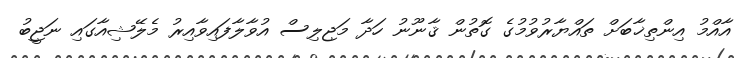
އާއްމު އިންތިޚާބަށް ތައްޔާރުވުމުގެ ގޮތުން ޤާނޫނު ހަދާ މަޖިލިސް އުވާލާފައިވާއިރު މެލޭޝިއާގައި ނަޖީބު